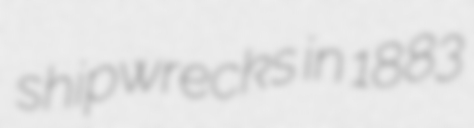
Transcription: shipwrecks in 1883